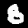
Digit: 8